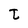
Character: t